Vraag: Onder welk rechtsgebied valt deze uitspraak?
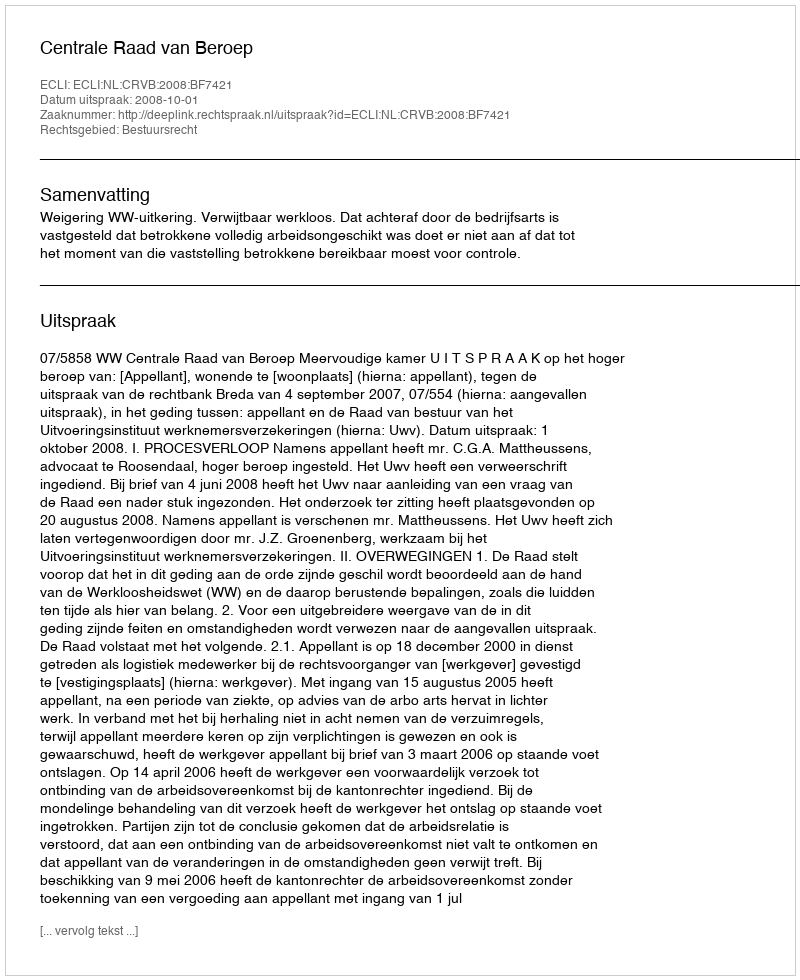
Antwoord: Bestuursrecht